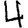
Digit: 4